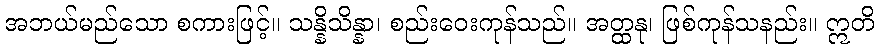
အဘယ်မည်သော စကားဖြင့်။ သန္နိသိန္နာ၊ စည်းဝေးကုန်သည်။ အတ္ထနု၊ ဖြစ်ကုန်သနည်း။ ဣတိ